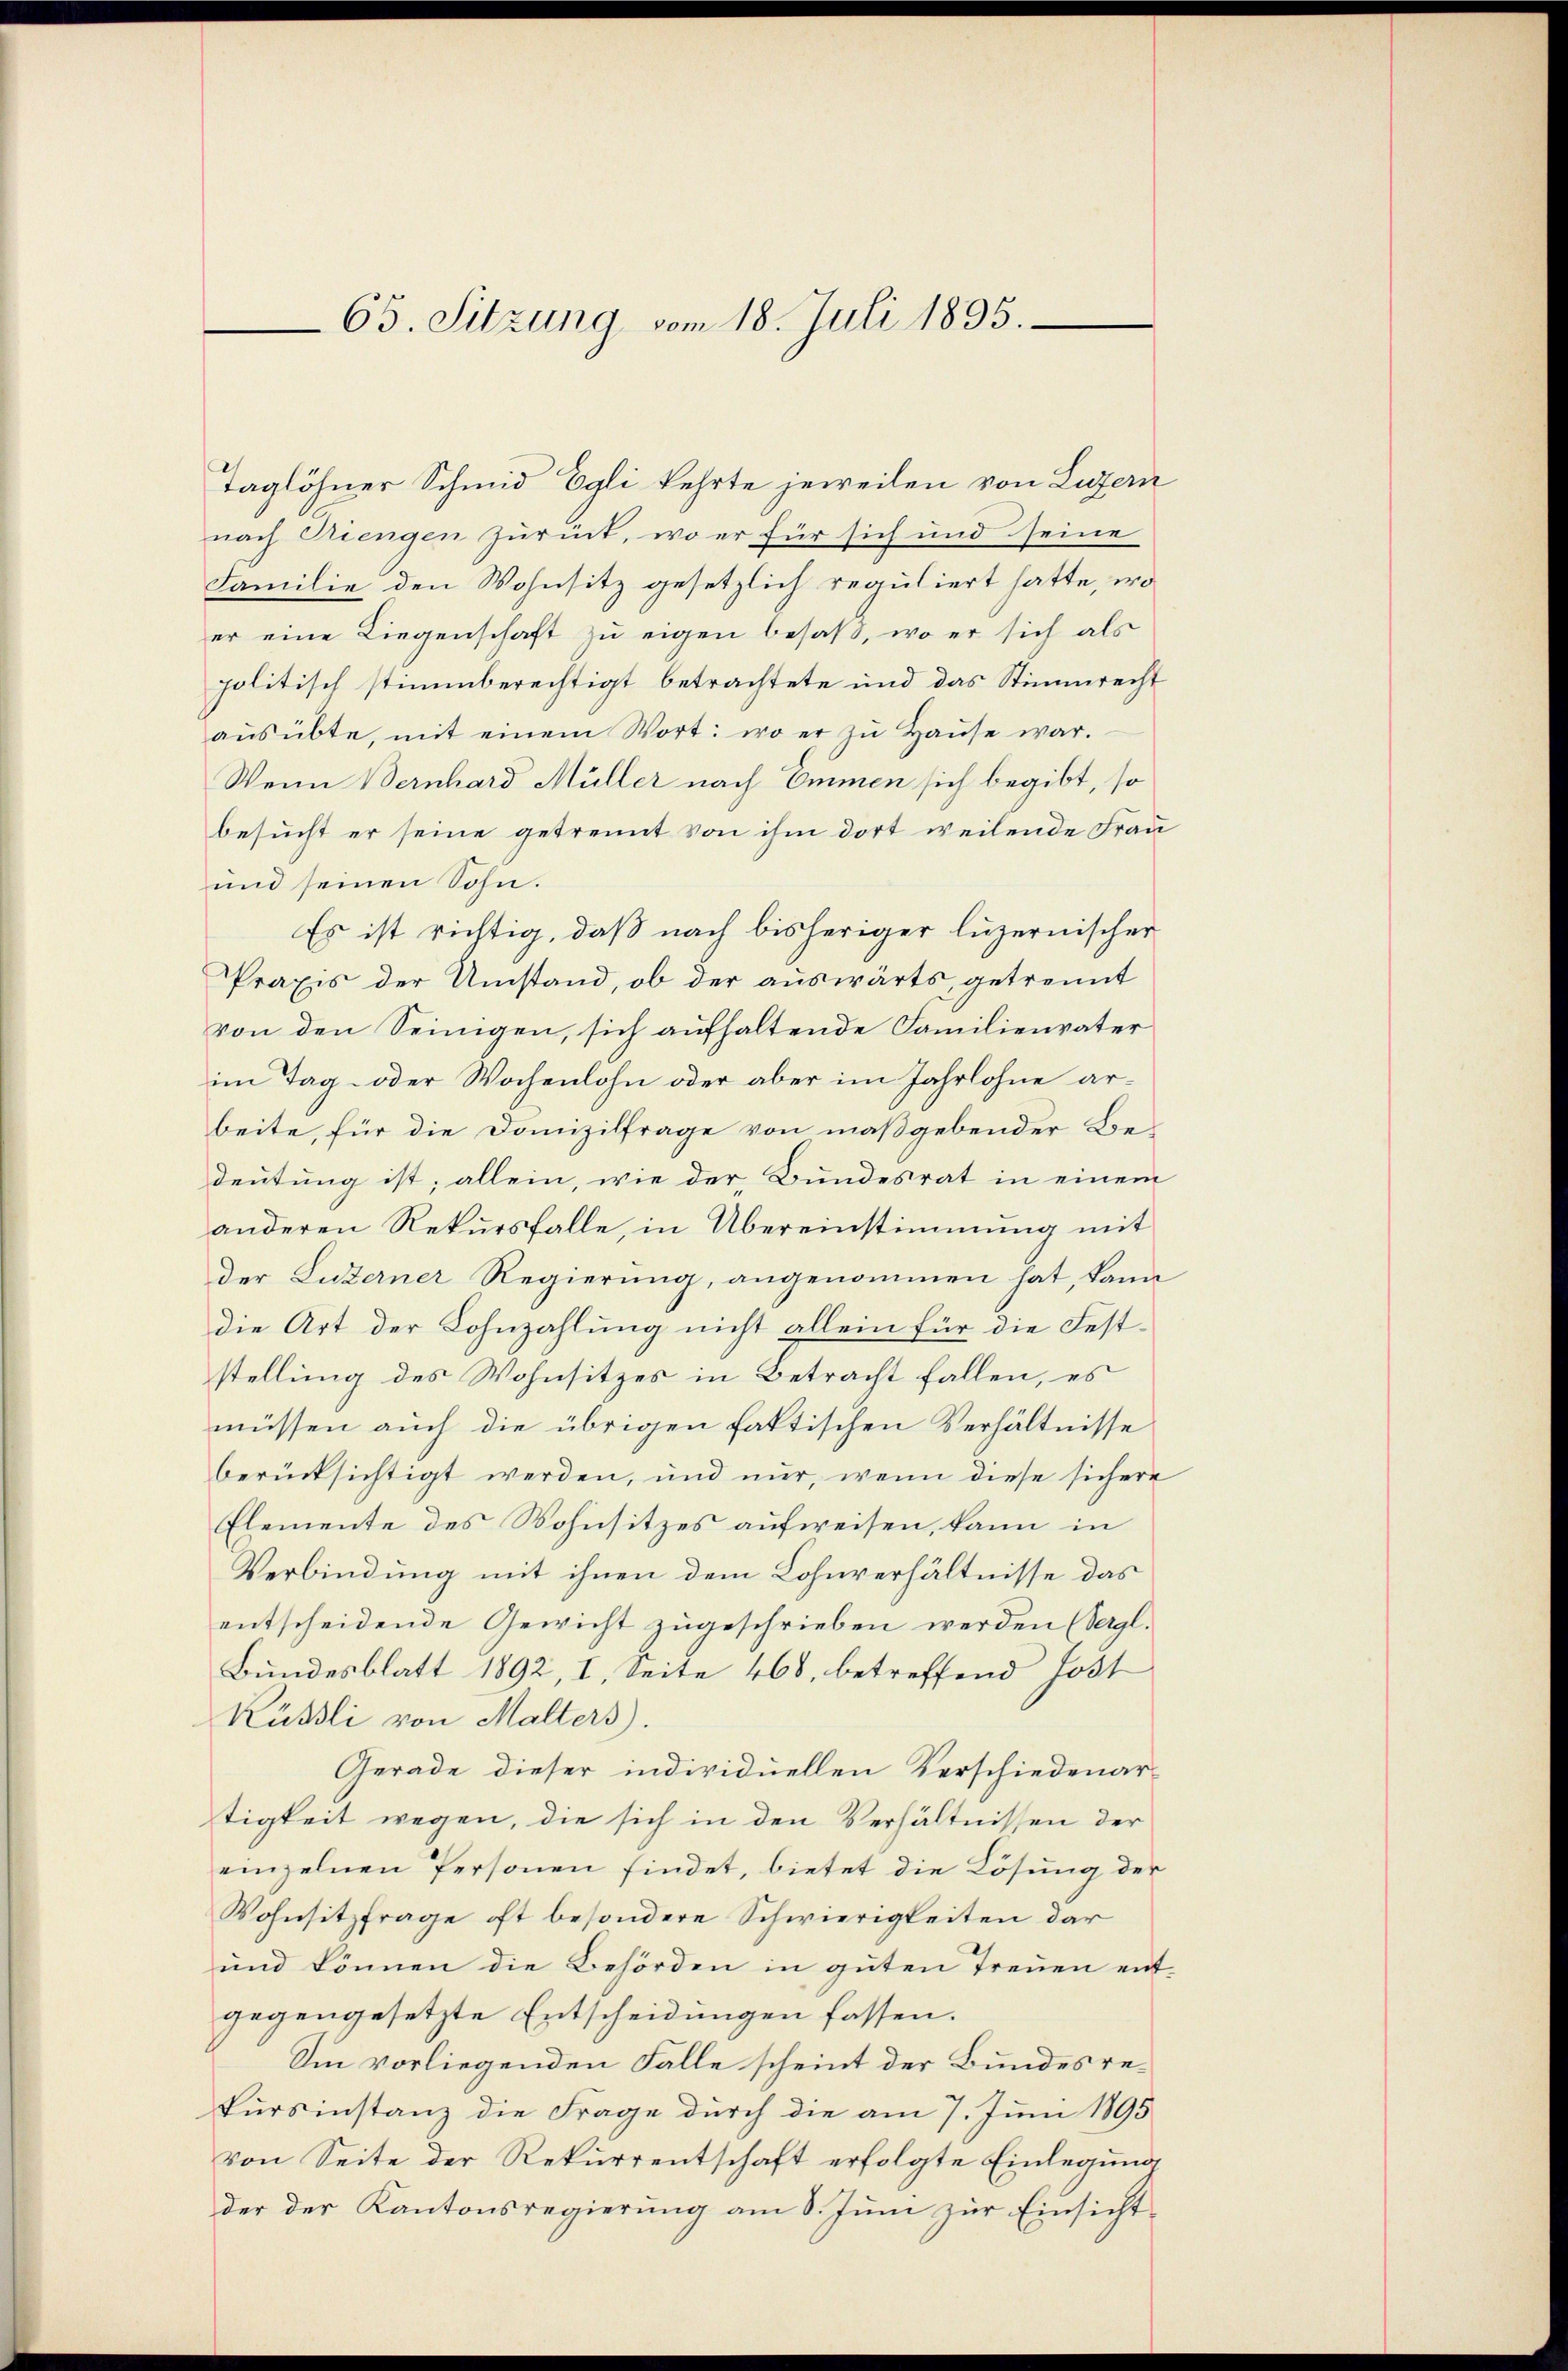
65. Sitzung vom 18. Juli 1895.

Taglöhner Schmid Egli kehrte jeweilen von Luzern
nach Giengen Zurück, wo er für sich und seine
Familie den Wohnsitz gesetzlich reguliert hatte, wo
er eine Liegenschaft zu eigen besaß, wo er sich als
politisch stimmberechtigt betrachtete und das Stimmrecht
aŭsübte, mit einem Wort: wo er zŭ Haŭse war.
Wenn Bernhard Müller nach Emmen sich begibt, so
besucht er seine getrennt von ihm dort weilende Frau
und seinen Sohn.
Es ist richtig, daß nach bisheriger luzernischer
Praxis der Umstand, ob der auswärts, getrennt
von den Seinigen, sich aufhaltende Familienvater
im Tag- oder Wochenlohn oder aber im Jahrlohne arbeite, für die Domizilfrage von maßgebender Bedeutung ist; allein, wie der Bundesrat in einem
anderen Rekursfalle, in Übereinstimmung mit
der Luzerner Regierung, angenommen hat, kann
die Art der Lohnzahlung nicht allein für die Feststellung des Wohnsitzes in Betracht fallen, es
müssen auch die übrigen faktischen Verhältnisse
berücksichtigt werden, und nur, wenn diese sichere
Elemente des Wohnsitzes aufweisen, kann in
Verbindung mit ihnen dem Lohnverhältnisse das
entscheidende Gewicht zugeschrieben werden (Vergl.
Bundesblatt 1892, I, Seite 468, betreffend Jost
Küssli von Malters.
Gerade dieser individuellen Verschiedenar-
tigkeit wegen, die sich in den Verhältnissen der
einzelnen Personen findet, bietet die Lösung der
Wohnsitzfrage oft besondere Schwierigkeiten dar
und können die Behörden in guten Treuen entgegengesetzte Entscheidungen fassen.
Sin vorliegenden Falle scheint der Bundesrekursinstanz die Frage durch die am 7. Juni 1895
von Seite der Rekurrentschaft erfolgte Einlegung
der der Kantonsregierŭng am 8. Jŭni zŭr Einsicht-